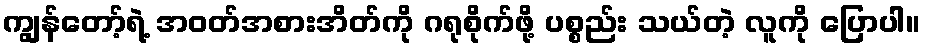
ကျွန်တော့်ရဲ့ အဝတ်အစားအိတ်ကို ဂရုစိုက်ဖို့ ပစ္စည်း သယ်တဲ့ လူကို ပြောပါ။